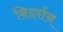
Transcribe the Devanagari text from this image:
बिदर्शन